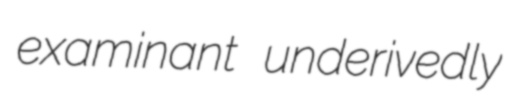
examinant underivedly